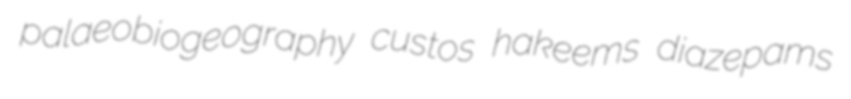
palaeobiogeography custos hakeems diazepams